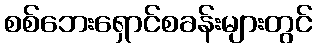
စစ်ဘေးရှောင်စခန်းများတွင်